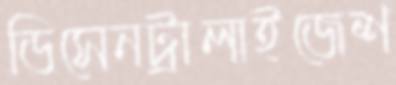
ডিসেনট্রালাইজেশ